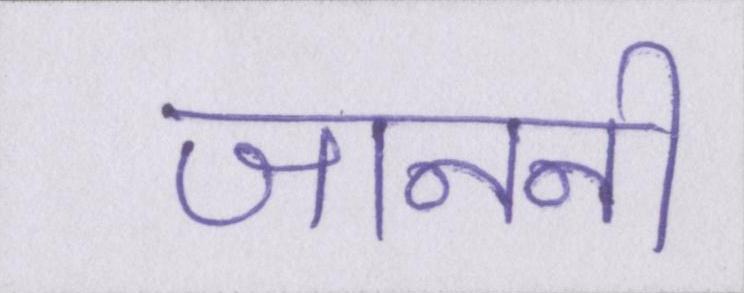
जाननी